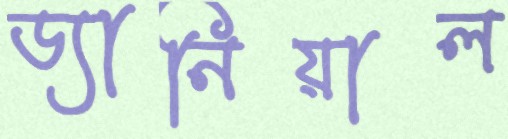
ড্যানিয়াল